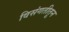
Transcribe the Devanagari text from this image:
विसंगतीतून